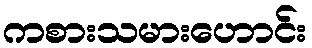
ကစားသမားဟောင်း